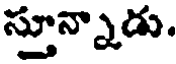
స్తూన్నాడు.